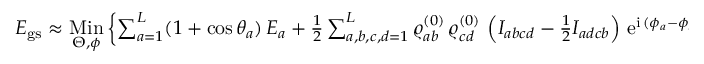
\begin{array} { r } { E _ { \mathrm { g s } } \approx \underset { \boldsymbol { \Theta } , \boldsymbol { \phi } } { \mathrm { M i n } } \left\{ \sum _ { a = 1 } ^ { L } ( 1 + \cos \theta _ { a } ) \, E _ { a } + \frac { 1 } { 2 } \sum _ { a , b , c , d = 1 } ^ { L } \varrho _ { a b } ^ { ( 0 ) } \, \varrho _ { c d } ^ { ( 0 ) } \, \left( I _ { a b c d } - \frac { 1 } { 2 } I _ { a d c b } \right) \, \mathrm { e } ^ { \mathrm { i } \, ( \phi _ { a } - \phi _ { b } + \phi _ { c } - \phi _ { d } ) } \right\} , } \end{array}